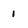
Character: 1